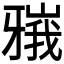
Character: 𬌘